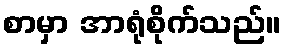
စာမှာ အာရုံစိုက်သည်။